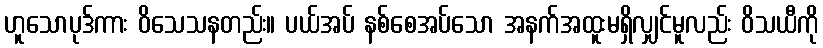
ဟူသောပုဒ်ကား ဝိသေသနတည်း။ ပယ်အပ် နစ်စေအပ်သော အနက်အထူးမရှိလျှင်မူလည်း ဝိသယီကို